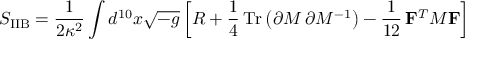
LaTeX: S _ { \mathrm { I I B } } = \frac { 1 } { 2 \kappa ^ { 2 } } \int d ^ { 1 0 } x \sqrt { - g } \left[ R + \frac { 1 } { 4 } \, \mathrm { T r } \left( \partial { \cal { M } } \, \partial { \cal { M } } ^ { - 1 } \right) - \frac { 1 } { 1 2 } \, { \bf F } ^ { T } { \cal { M } } { \bf F } \right]